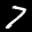
Label: 7